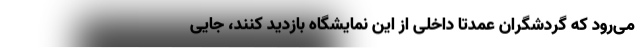
می‌رود که گردشگران عمدتاً داخلی از این نمایشگاه بازدید کنند، جایی